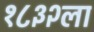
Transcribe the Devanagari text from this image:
१८३२ला